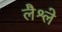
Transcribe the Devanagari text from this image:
लैश्ले